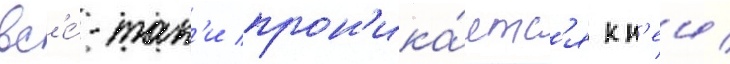
вс'е́-так'и прон'ика́етс'я к н'еи